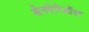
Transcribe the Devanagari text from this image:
बेनपेरिडॉल